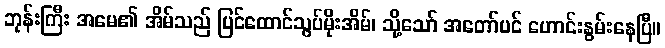
ဘုန်းကြီး အမေ၏ အိမ်သည် ပြင်ထောင်သွပ်မိုးအိမ်၊ သို့သော် အတော်ပင် ဟောင်းနွမ်းနေပြီ။